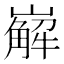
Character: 𡽖